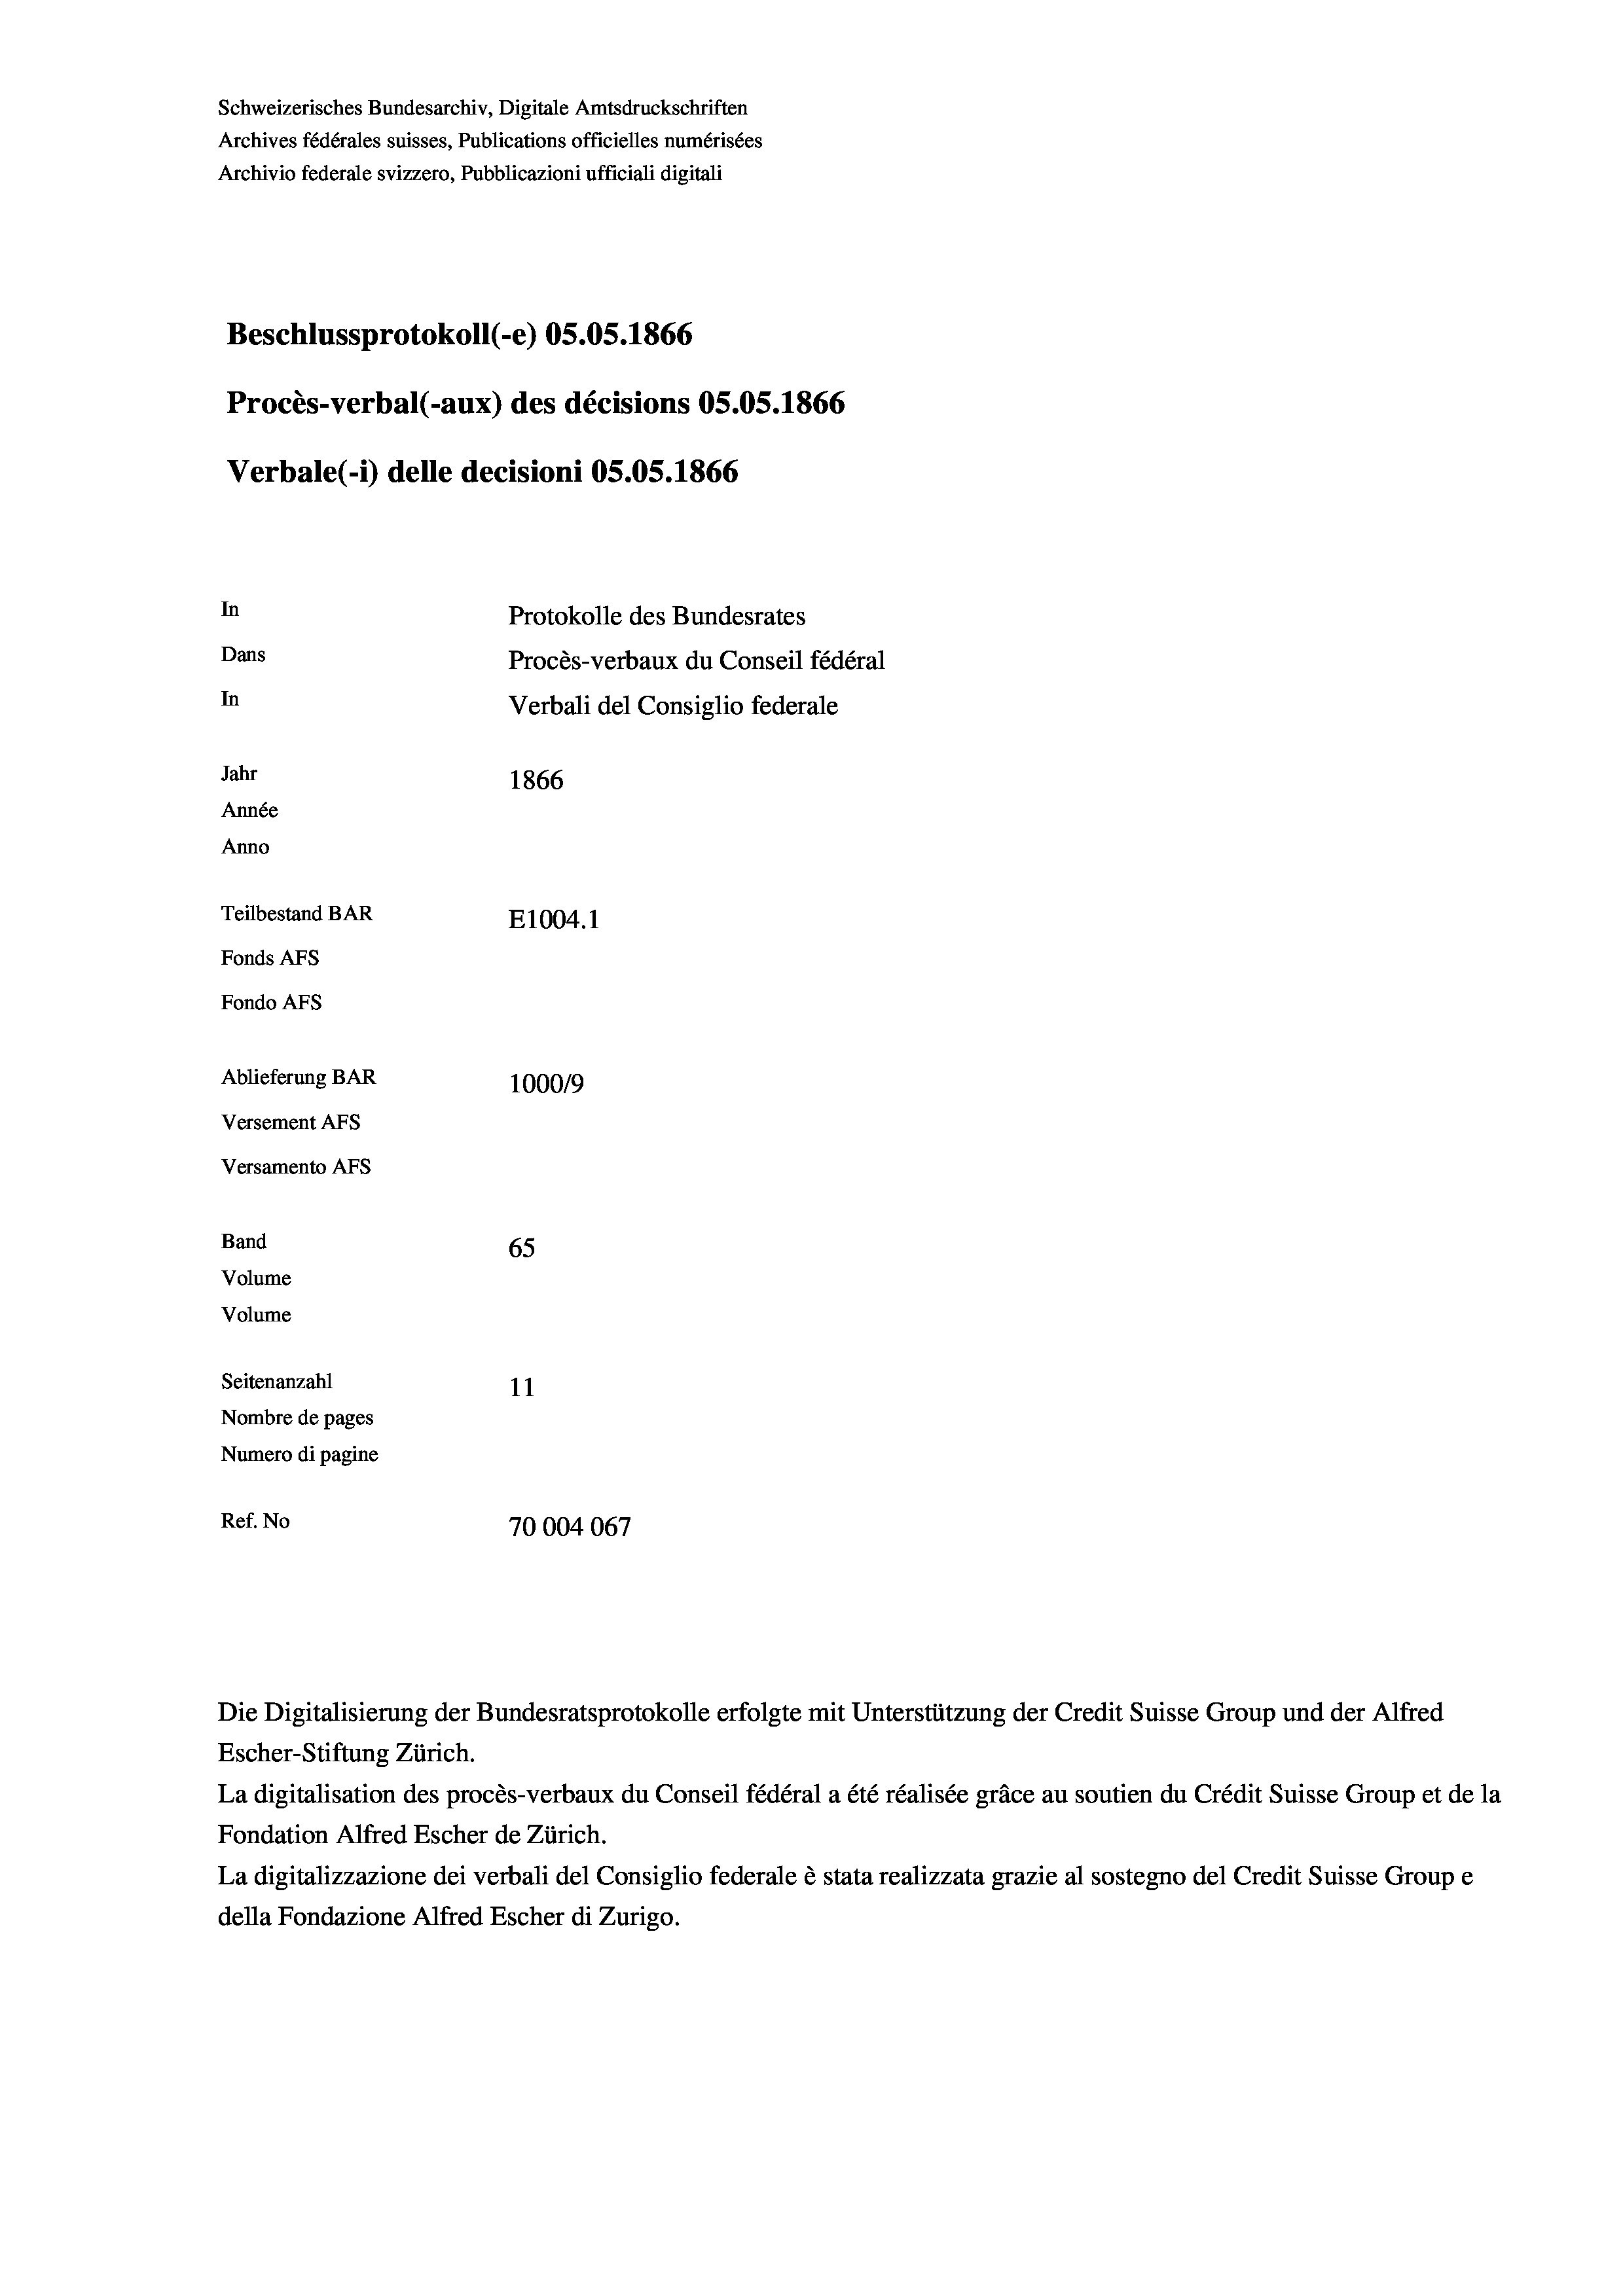
Schweizerisches Bundesarchiv, Digitale Amtsdruckschriften
Archives fédérales suisses, Publications officielles numérisées
Archivio federale svizzero, Pubblicazioni ufficiali digitali
Beschlussprotokoll (-e) 05.05. 1866
Procès-verbal (-aux) des décisions OS.OS. 1866
Verbale (i) delle decisioni OS.OS. 1866
In
Protokolle des Bundesrates
Dans
Procès-verbaux du Conseil fédéral
In
Verbali del Consiglio federale
Jahr
1866
Année
Anno
Teilbestand BAR
E1004.1
Fonds AFs
Fondo AFs
Ablieferung BAR
100019
Versement Abs
Versamento Afs
Band
65
Volume
Volume

Seitenanzahl
11
Nombre de pages
Numero di pagine
Ref. No
70004067

Escher-Stiftung Zürich.
La digitalisation des procès-verbaux du Conseil fédéral a été réalisée gräce au soutien du Crédit Suisse Group et de la
Fondation Alfred Escher de Zürich.
La digitalizzazione dei verbali del Consiglio federale è stata realizzata grazie al sostegno del Credit Suisse Groupe
della Fondazione Alfred Escher di Zurigo.

Die Digitalisierung der Bundesratsprotokolle erfolgte mit Unterstützung der Credit Suisse Group und der Alfred